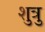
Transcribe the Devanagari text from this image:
शुत्रु